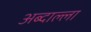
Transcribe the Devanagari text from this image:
अब्दाल्ला